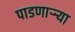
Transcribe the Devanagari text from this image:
पाडणाऱ्र्‍या